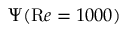
\Psi ( { \mathrm R e } = 1 0 0 0 )